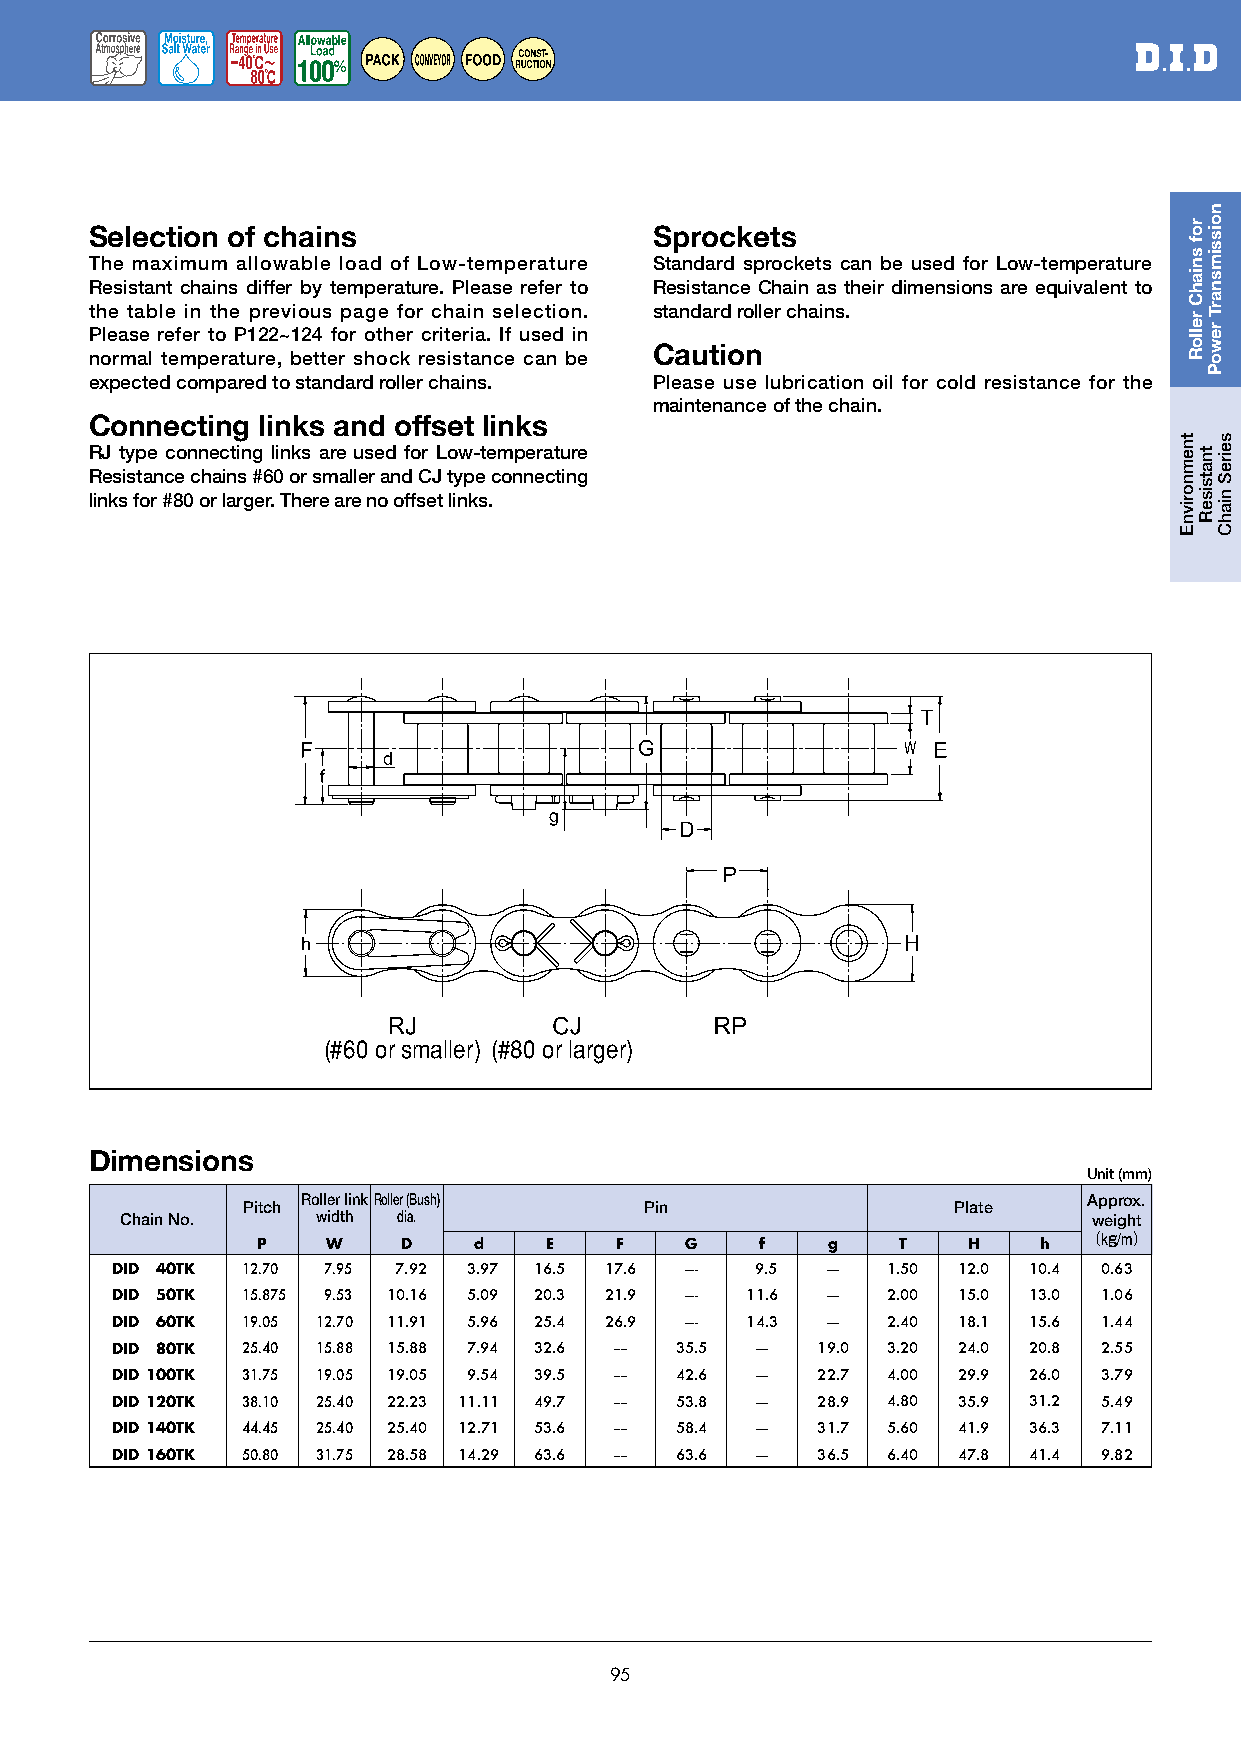
Selection of chains                  Sprockets
 The maximum allowable load of Low-temperature Standard sprockets can be used for Low-temperature
 Resistant chains differ by temperature. Please refer to Resistance Chain as their dimensions are equivalent to
 the table in the previous page for chain selection. standard roller chains.
 Please refer to P122~124 for other criteria. If used in
 Caution
 normal temperature, better shock resistance can be
 expected compared to standard roller chains. Please use lubrication oil for cold resistance for the
 maintenance of the chain.
 Connecting links and offset links
 RJ type connecting links are used for Low-temperature
 Resistance chains #60 or smaller and CJ type connecting
 links for #80 or larger. There are no offset links.
 (#60 or smaller) (#80 or larger)
 Dimensions
 Unit (mm)
 Roller link Roller (Bush)                           Approx.
 Pitch                      Pin                 Plate
 Chain No.    width dia.                                         weight
 P    W    D   d    E    F   G    f    g   T    H    h
 （kg/m）
 DID 40TK 12.70 7.95 7.92 3.97 16.5 17.6 ---- 9.5 ---- 1.50 12.0 10.4 0.63
 DID 50TK 15.875 9.53 10.16 5.09 20.3 21.9 ---- 11.6 ---- 2.00 15.0 13.0 1.06
 DID 60TK 19.05 12.70 11.91 5.96 25.4 26.9 ---- 14.3 ---- 2.40 18.1 15.6 1.44
 DID 80TK 25.40 15.88 15.88 7.94 32.6 ---- 35.5 ---- 19.0 3.20 24.0 20.8 2.55
 DID 100TK 31.75 19.05 19.05 9.54 39.5 ---- 42.6 ---- 22.7 4.00 29.9 26.0 3.79
 DID 120TK 38.10 25.40 22.23 11.11 49.7 ---- 53.8 ---- 28.9 4.80 35.9 31.2 5.49
 DID 140TK 44.45 25.40 25.40 12.71 53.6 ---- 58.4 ---- 31.7 5.60 41.9 36.3 7.11
 DID 160TK 50.80 31.75 28.58 14.29 63.6 ---- 63.6 ---- 36.5 6.40 47.8 41.4 9.82
 95
 tnemnorivnE
 rof
 sniahC
 relloR
 tnatsiseR
 noissimsnarT
 rewoP
 seireS
 niahC